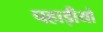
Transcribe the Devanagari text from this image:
पहाड़ीयो